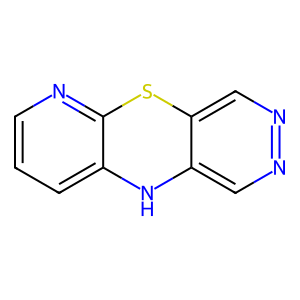
SMILES: c1cnc2c(c1)Nc1cnncc1S2
Inhibits HIV replication: No